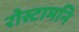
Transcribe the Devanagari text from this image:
रोस्टामनि